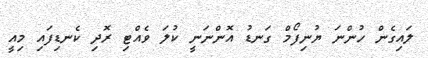
ލައިގެން ހުންނަ ޔުނިފޯމް ގަނޑު އޮންނަނީ ކުލަ ވެއްޓި ރޮދި ކެނޑިފައި މިއީ